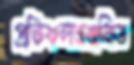
প্রতিফলনজনিত